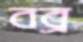
বব্র